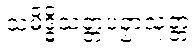
သမိဒ္ဓိသတ္တပဉှာသုတ္တံ